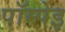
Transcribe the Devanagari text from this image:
पॉम्पेइ